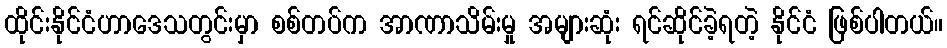
ထိုင်းနိုင်ငံဟာဒေသတွင်းမှာ စစ်တပ်က အာဏာသိမ်းမှု အများဆုံး ရင်ဆိုင်ခဲ့ရတဲ့ နိုင်ငံ ဖြစ်ပါတယ်။